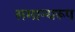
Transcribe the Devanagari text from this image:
समान्यरूप